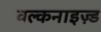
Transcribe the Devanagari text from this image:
वल्कनाइज़्ड